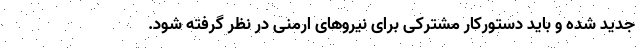
جدید شده و باید دستورکار مشترکی برای نیروهای ارمنی در نظر گرفته شود.